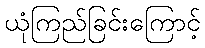
ယုံကြည်ခြင်းကြောင့်